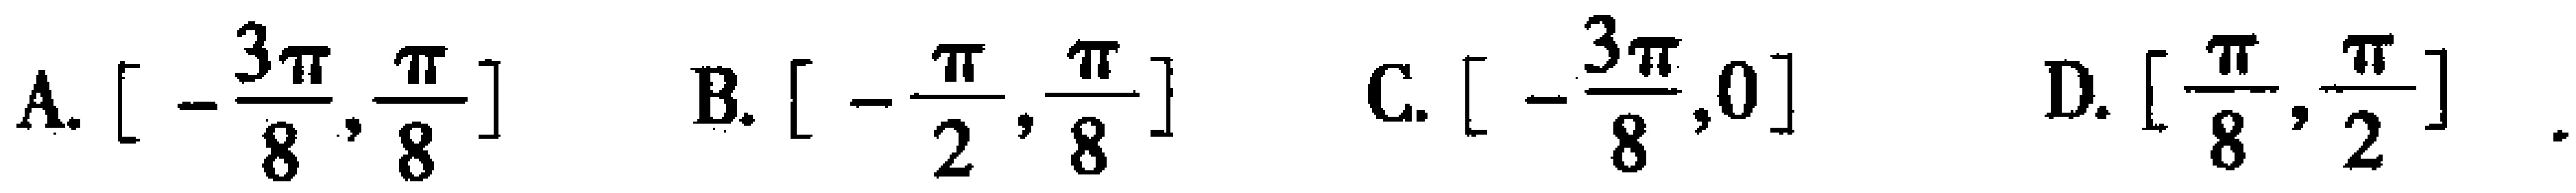
A. $\left[-\frac{3\pi}{8},\frac{\pi}{8}\right]$  B. $\left[-\frac{\pi}{2},\frac{\pi}{8}\right]$  C. $\left[-\frac{3\pi}{8},0\right]$  D. $\left[\frac{\pi}{8},\frac{\pi}{2}\right]$